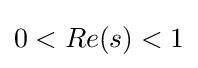
{\textstyle 0<Re(s)<1}